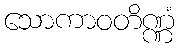
သောကာဝတိဏ္ဏံ